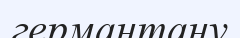
германтану